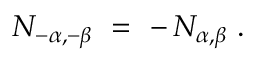
N _ { - \alpha , - \beta } ~ = ~ - \, N _ { \alpha , \beta } ~ .